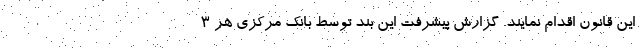
این قانون اقدام نمایند. گزارش پیشرفت این بند توسط بانک مرکزی هر ۳